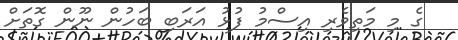
ގެ މި މަތިވެރި އިސްމު ފުޅު އަރަބި ބަހުން ނޫން ގޮތަށް